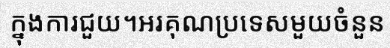
ក្នុងការជួយ។អរគុណប្រទេសមួយចំនួន